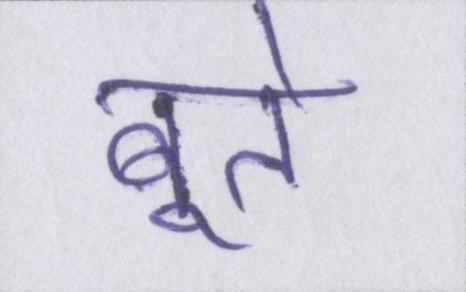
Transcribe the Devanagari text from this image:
बूते